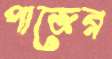
পাজের